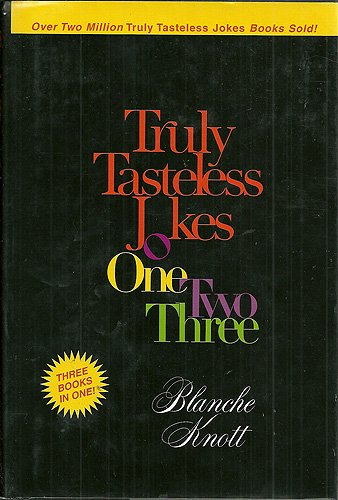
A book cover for Truly Tasteless Jokes One Two Three; Blanche Knott; Humor & Entertainment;